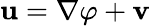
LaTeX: \mathbf{u}=\nabla\varphi+\mathbf{v}